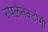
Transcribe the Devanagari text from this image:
स्पलेनक्टोमी